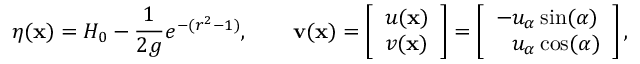
\eta ( \mathbf { x } ) = H _ { 0 } - \frac { 1 } { 2 g } e ^ { - ( r ^ { 2 } - 1 ) } , \qquad \mathbf { v } ( \mathbf { x } ) = \left[ \begin{array} { l } { u ( \mathbf { x } ) } \\ { v ( \mathbf { x } ) } \end{array} \right] = \left[ \begin{array} { l } { - u _ { \alpha } \sin ( \alpha ) } \\ { \phantom { - } u _ { \alpha } \cos ( \alpha ) } \end{array} \right] ,